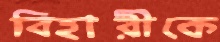
বিহারীকে